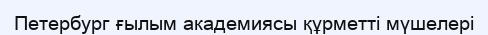
Петербург ғылым академиясы құрметті мүшелері